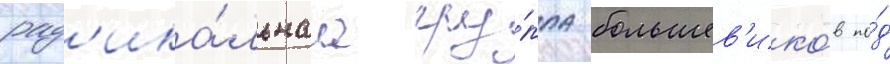
рад'ика́льнаа гру́ппа большев'ико́в по́д